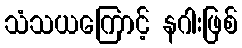
သံသယကြောင့် နဂါးဖြစ်